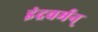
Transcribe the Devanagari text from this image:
इंद्रवर्मन्‌